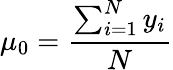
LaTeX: \mu_{0}=\frac{\sum_{i=1}^{N}y_{i}}{N}